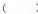
( )